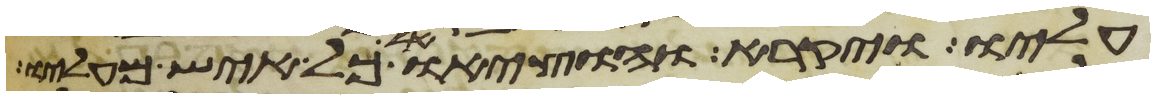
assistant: עליו ויקרא והוציאו כל איש מעליו